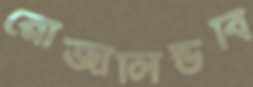
রোজালিন্ডবি